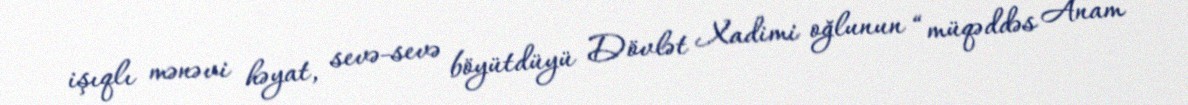
işıqlı mənəvi həyat, sevə-sevə böyütdüyü Dövlət Xadimi oğlunun “müqəddəs Anam”